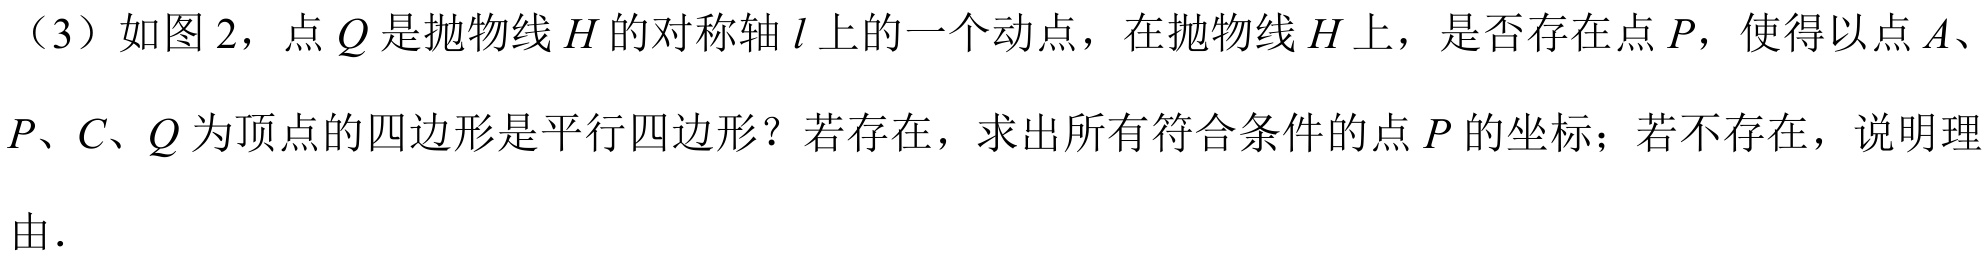
（3）如图 2，点 \(Q\) 是抛物线 \(H\) 的对称轴 \(l\) 上的一个动点，在抛物线 \(H\) 上，是否存在点 \(P\)，使得以点 \(A\)、\(P\)、\(C\)、\(Q\) 为顶点的四边形是平行四边形？若存在，求出所有符合条件的点 \(P\) 的坐标；若不存在，说明理由．